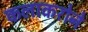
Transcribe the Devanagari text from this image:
कलाकरोने